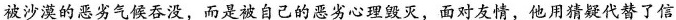
被沙漠的恶劣气候吞没，而是被自己的恶劣心理毁灭，面对友情，他用猜疑代替了信